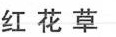
红花草